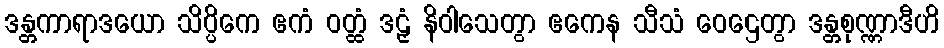
ဒန္တကာရာဒယော သိပ္ပိကေ ဧကံ ဝတ္ထံ ဒဠှံ နိဝါသေတွာ ဧကေန သီသံ ဝေဌေတွာ ဒန္တစုဏ္ဏာဒီဟိ